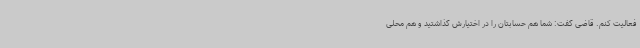
فعالیت کنم. قاضی گفت: شما هم حسابتان را در اختیارش گذاشتید و هم محلی